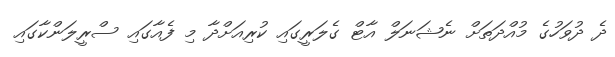
ދެ ދުވަހުގެ މުއްދަތަށް ނެޝަނަލް އާޓް ގެލަރީގައި ކުރިއަށްދާ މި ފެއާގައި ސްރީލަންކާގައި